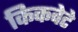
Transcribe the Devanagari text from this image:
किकवेटे